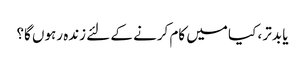
یا بدتر ، کیا میں کام کرنے کے لئے زندہ رہوں گا؟